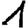
Digit: 1